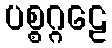
ပစ္စဂ္ဂဠေ